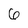
Character: 6